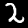
Label: 2